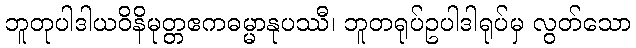
ဘူတုပါဒါယဝိနိမုတ္တဧကဓမ္မာနုပဿီ၊ ဘူတရုပ်ဥပါဒါရုပ်မှ လွတ်သော